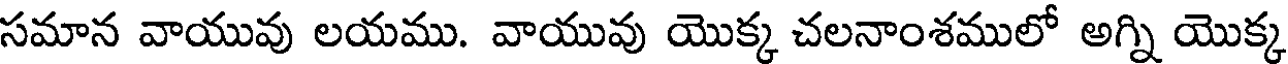
సమాన వాయువు లయము. వాయువు యొక్క చలనాంశములో అగ్ని యొక్క